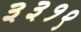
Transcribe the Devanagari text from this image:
३३१९